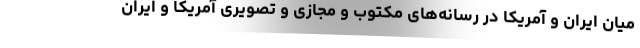
میان ایران و آمریکا در رسانه‌های مکتوب و مجازی و تصویری آمریکا و ایران